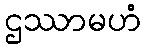
ဌဿာမဟံ